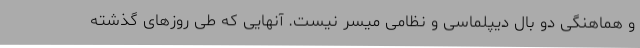
و هماهنگی دو بال دیپلماسی و نظامی میسر نیست. آنهایی که طی روزهای گذشته